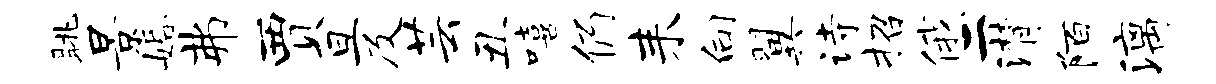
眺景婚弗贾旦及芸丑嘻仍耒向翼诗招俄二潸陌漓